Plague in India, 1896, 1897 - Volume 2
Year: 1896
Disease focus: Plague
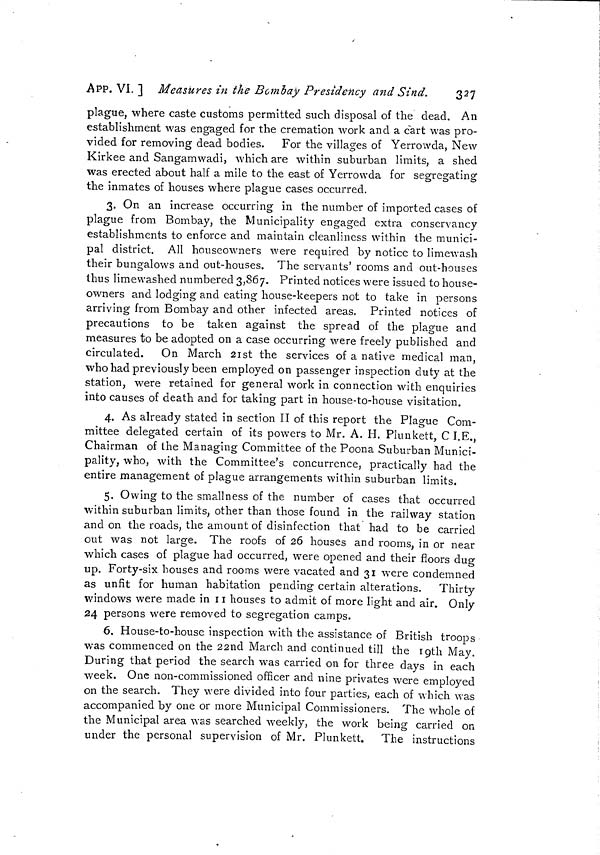
APP. Vi. ] Measures in the Bombay Presidency and Sind.
3 2 7
plague, where caste customs permitted such disposal of the dead. An
establishment was engaged for the cremation work and a cart was pro-
vided for removing dead bodies. For the villages of Yerrowda, New
Kirkee and Sangamwadi, which are within suburban limits, a shed
was erected about half a mile to the east of Yerrowda for segregating
the inmates of houses where plague cases occurred.
3. On an increase occurring in the number of imported cases of
plague from Bombay, the Municipality engaged extra conservancy
establishments to enforce and maintain cleanliness within the munici-
pal district. All houseowners were required by notice to limewash
their bungalows and out-houses. The servants' rooms and out-houses
O
thus limewashed numbered 3,867. Printed notices were issued to house-
owners and lodging and eating house-keepers not to take in persons
arriving from Bombay and other infected areas. Printed notices of
precautions to be taken against the spread of the plague and
measures to be adopted on a case occurring were freely published and
circulated.
On March 21 st the services of a native medical man,
who had previously been employed on passenger inspection duty at the
station, were retained for general work in connection with enquiries
into causes of death and for taking part in house-to-house visitation.
4. As already stated in section II of this report the Plague Com-
mittee delegated certain of its powers to Mr. A. H. Plunkett, C I.E.,
Chairman of the Managing Committee of the Poona Suburban Munici-
pality, who, with the Committee's concurrence, practically had the
entire management of plague arrangements within suburban limits.
5. Owing to the smallness of the number of cases that occurred
within suburban limits, other than those found in the railway station
and on the roads, the amount of disinfection that had to be carried
out was not large. The roofs of 26 houses and rooms, in or near
which cases of plague had occurred, were opened and their floors dug
up. Forty-six houses and rooms were vacated and 31 were condemned
as unfit for human habitation pending certain alterations.
Thirty
windows were made in 11 houses to admit of more light and air. Only
24 persons were removed to segregation camps.
6. House-to-house inspection with the assistance of British troops
was commenced on the 22nd March and continued till the 19th May.
During that period the search was carried on for three days in each
week. One non-commissioned officer and nine privates were employed
on the search. They were divided into four parties, each of which was
accompanied by one or more Municipal Commissioners. The whole of
the Municipal area was searched weekly, the work being carried on
under the personal supervision of Mr. Plunkett. The instructions